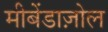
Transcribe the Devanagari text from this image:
मीबेंडाज़ोल